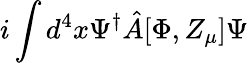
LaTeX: i\int d^{4}x\Psi^{\dagger}\hat{A}[\Phi,Z_{\mu}]\Psi